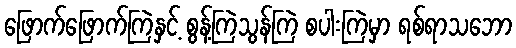
ဖြောက်ဖြောက်ကြဲနှင့် စွန့်ကြဲသွန်ကြဲ စပါးကြဲမှာ ရစ်ရာသဘော